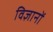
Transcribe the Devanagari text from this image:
विज्ञानों